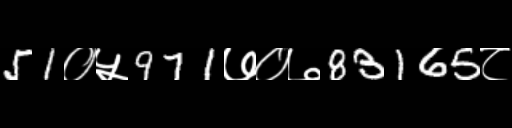
Text: 51०५971७०७83165८